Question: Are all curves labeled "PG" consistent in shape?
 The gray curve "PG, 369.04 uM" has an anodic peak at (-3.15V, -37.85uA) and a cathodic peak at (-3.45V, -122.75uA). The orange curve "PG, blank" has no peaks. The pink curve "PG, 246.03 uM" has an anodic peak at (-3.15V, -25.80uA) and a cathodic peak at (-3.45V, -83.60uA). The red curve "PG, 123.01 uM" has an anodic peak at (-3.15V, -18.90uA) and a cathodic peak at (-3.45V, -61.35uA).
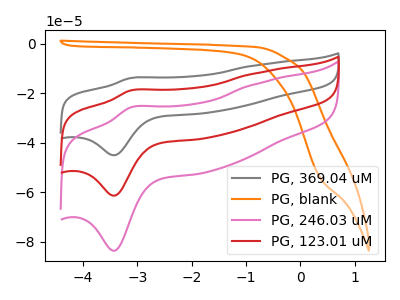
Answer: <think>"PG, 369.04 uM" and "PG, blank" have a different number of peaks. All the peaks in "PG, 369.04 uM" have a peak in "PG, 246.03 uM" at the same potential. All the peaks in "PG, 369.04 uM" have a peak in "PG, 123.01 uM" at the same potential. "PG, blank" and "PG, 246.03 uM" have a different number of peaks. "PG, blank" and "PG, 123.01 uM" have a different number of peaks. All the peaks in "PG, 246.03 uM" have a peak in "PG, 123.01 uM" at the same potential.
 </think>
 <answer>All the CV's of "PG" have similar shape.</answer>
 <eval>follow_rule</eval>